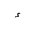
Letter: _hamza